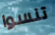
تنسوا